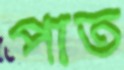
পাত